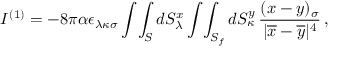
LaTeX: I ^ { ( 1 ) } = - 8 \pi \alpha \epsilon _ { \lambda \kappa \sigma } \int \! \int _ { S } d S _ { \lambda } ^ { x } \int \! \int _ { S _ { f } } d S _ { \kappa } ^ { y } \, \frac { ( x - y ) _ { \sigma } } { | \overline { { { x } } } - \overline { { { y } } } | ^ { 4 } } \, ,